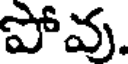
పోవు.